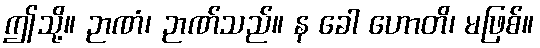
ဤသို့။ ဉာဏံ၊ ဉာဏ်သည်။ န ခေါ ဟောတိ၊ မဖြစ်။